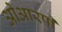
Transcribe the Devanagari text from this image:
ओआरपी